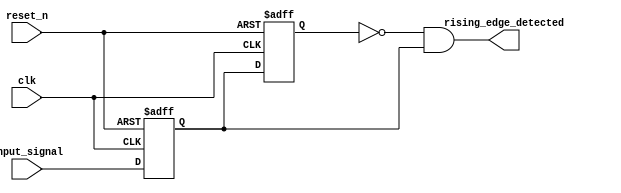
module rising_edge_detector (
    input clk,          // 
    input reset_n,      // 
    input input_signal, // 
    output rising_edge_detected // 
);

reg input_signal_d1 = 0;
reg input_signal_d2 = 0;

always @(posedge clk or negedge reset_n) begin
    if (!reset_n) begin
        input_signal_d1 <= 0;
        input_signal_d2 <= 0;
    end else begin
        input_signal_d1 <= input_signal;
        input_signal_d2 <= input_signal_d1;
    end
end

assign rising_edge_detected = ~input_signal_d2 & input_signal_d1;

endmodule